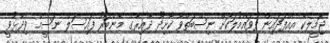
ޖަމީލެކޭ އެއްފަދައިން ފުވައްމުލަކަށް ނިސްބަތްވާ ކާށިދޫ ދާއިރާގެ މެންބަރު ފައިސަލް ނަސީމް ވިދާޅުވީ